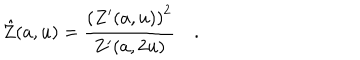
\hat { Z } ( a , u ) = \frac { \left( Z ^ { \prime } ( a , u ) \right) ^ { 2 } } { Z ^ { \prime } ( a , 2 u ) } \quad .